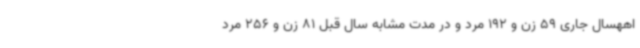
اههسال جاری 59 زن و 192 مرد و در مدت مشابه سال قبل 81 زن و 256 مرد